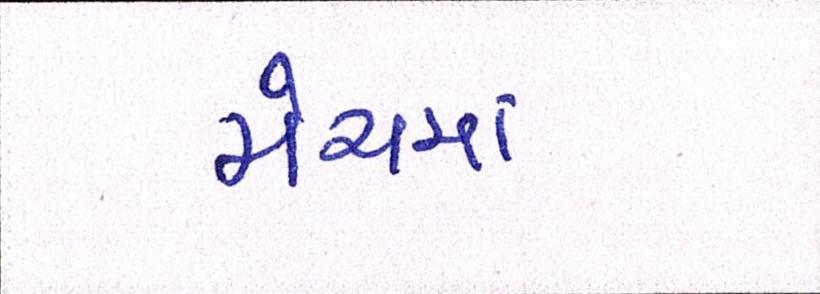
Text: મેચમાં